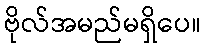
ဗိုလ်အမည်မရှိပေ။